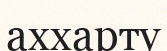
аххарту